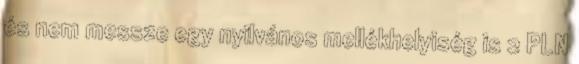
és nem messze egy nyilvános mellékhelyiség is 2 PLN